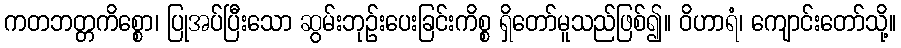
ကတဘတ္တကိစ္စော၊ ပြုအပ်ပြီးသော ဆွမ်းဘုဉ်းပေးခြင်းကိစ္စ ရှိတော်မူသည်ဖြစ်၍။ ဝိဟာရံ၊ ကျောင်းတော်သို့။